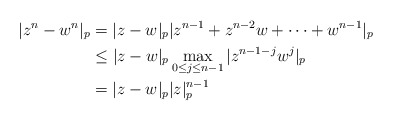
\begin{align*}|z^n-w^n|_p&=|z-w|_p|z^{n-1}+z^{n-2}w+\cdots+w^{n-1}|_p\\&\leq|z-w|_p\max_{0\leq j\leq n-1}|z^{n-1-j}w^j|_p\\&=|z-w|_p|z|^{n-1}_p\end{align*}